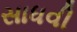
સાધવી